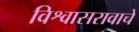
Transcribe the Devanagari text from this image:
विश्वासरावाचे